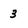
Character: 3